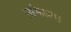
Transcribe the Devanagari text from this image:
सांभाळ।।